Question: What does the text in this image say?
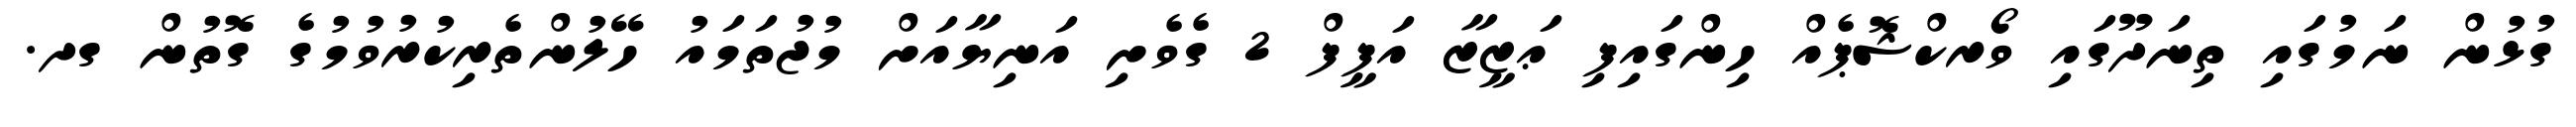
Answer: ގުޅުން ނަމުގައި ތިނަދޫގައި ވޯރކްޝޮޕެއް ހިންގައިފި ޢަޒީޒާ އަފީފް 2 ގެވެށި އަނިޔާއަށް މުޖުތަމައު ހޭލުންތެރިކުރުވުމުގެ ގޮތުން ގދ.